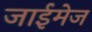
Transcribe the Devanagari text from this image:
जाईमेज